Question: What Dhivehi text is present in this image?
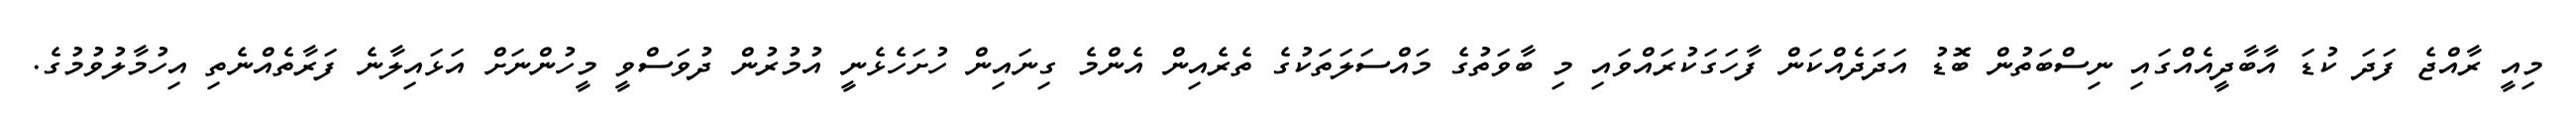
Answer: މިއީ ރާއްޖެ ފަދަ ކުޑަ އާބާދީއެއްގައި ނިސްބަތުން ބޮޑު އަދަދެއްކަން ފާހަގަކުރައްވައި މި ބާވަތުގެ މައްސަލަތަކުގެ ތެރެއިން އެންމެ ގިނައިން ހުށަހެޅެނީ އުމުރުން ދުވަސްވީ މީހުންނަށް އަޅައިލާނެ ފަރާތެއްނެތި އިހުމާލުވުމުގެ.